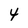
Character: 4